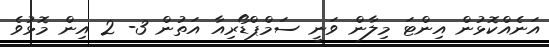
އަނެއްކޮޅުން އިންޓަ މިލާން ވަނީ ސަމްޕްޑޯރިއާ އަތުން 3- 2 އިން މޮޅުވެ